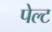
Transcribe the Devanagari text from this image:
पेल्ट